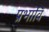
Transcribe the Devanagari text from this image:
प्रभावि